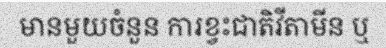
មានមួយចំនួន ការខ្វះជាតិវីតាមីន ឬ